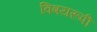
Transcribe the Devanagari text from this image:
विषयरूपी